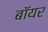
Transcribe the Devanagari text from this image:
बॉयर